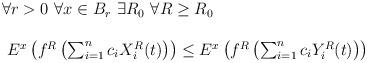
LaTeX: \begin{align*}\begin{array}{ll}\forall r>0~\forall x\in B_r~\exists R_0~\forall R\geq R_0\\\\~E^x\left(f^{R}\left(\sum_{i=1}^nc_iX^{R}_i(t)\right) \right)\leq E^x\left(f^{R}\left(\sum_{i=1}^nc_iY^{R}_i(t)\right) \right)\end{array}\end{align*}